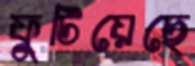
ফুটিয়েছে